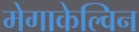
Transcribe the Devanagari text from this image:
मेगाकेल्विन